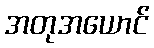
အတုအယောင်